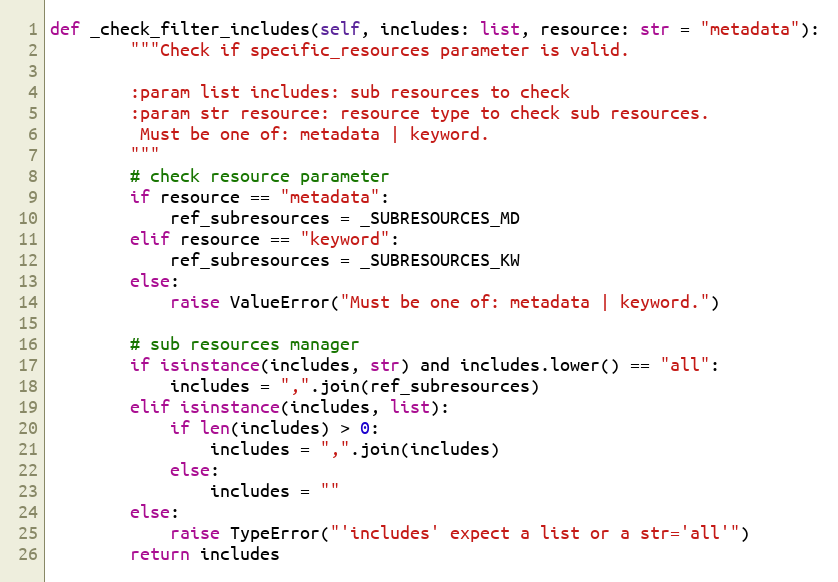
Language: Python
def _check_filter_includes(self, includes: list, resource: str = "metadata"):
        """Check if specific_resources parameter is valid.

        :param list includes: sub resources to check
        :param str resource: resource type to check sub resources.
         Must be one of: metadata | keyword.
        """
        # check resource parameter
        if resource == "metadata":
            ref_subresources = _SUBRESOURCES_MD
        elif resource == "keyword":
            ref_subresources = _SUBRESOURCES_KW
        else:
            raise ValueError("Must be one of: metadata | keyword.")

        # sub resources manager
        if isinstance(includes, str) and includes.lower() == "all":
            includes = ",".join(ref_subresources)
        elif isinstance(includes, list):
            if len(includes) > 0:
                includes = ",".join(includes)
            else:
                includes = ""
        else:
            raise TypeError("'includes' expect a list or a str='all'")
        return includes